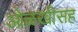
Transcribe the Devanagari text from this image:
ओळखीसह